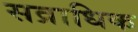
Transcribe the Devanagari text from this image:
सव्राधिक